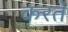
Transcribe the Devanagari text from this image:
करतेे